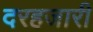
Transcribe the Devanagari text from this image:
दरहजारी